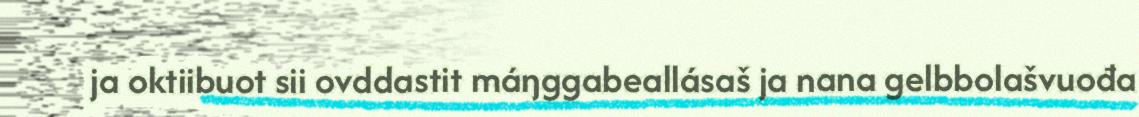
ja oktiibuot sii ovddastit máŋggabeallásaš ja nana gelbbolašvuođa